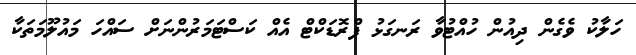
ހަލާކު ވެގެން ދިއުން ހުއްޓުވާ ރަނގަޅު ޕްރޮޑަކްޓް އެއް ކަސްޓަމަރުންނަށް ސައްހަ މައުލޫމަތަކާ